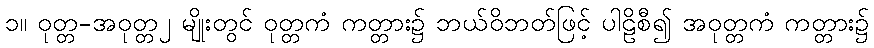
၁။ ဝုတ္တ-အဝုတ္တ၂ မျိုးတွင် ဝုတ္တကံ ကတ္တား၌ ဘယ်ဝိဘတ်ဖြင့် ပါဠိစီ၍ အဝုတ္တကံ ကတ္တား၌